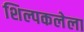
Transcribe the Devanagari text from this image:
शिल्पकलेला